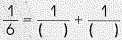
$$\frac { 1 } { 6 } = \frac { 1 } { ( ) } + \frac { 1 } { ( ) }$$